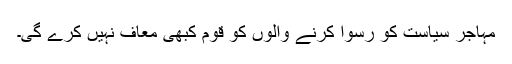
مہاجر سیاست کو رسوا کرنے والوں کو قوم کبھی معاف نہیں کرے گی۔